Notes on vaccination in the North-West Frontier Province 1923-1928 - 1923-1928
Year: 1923
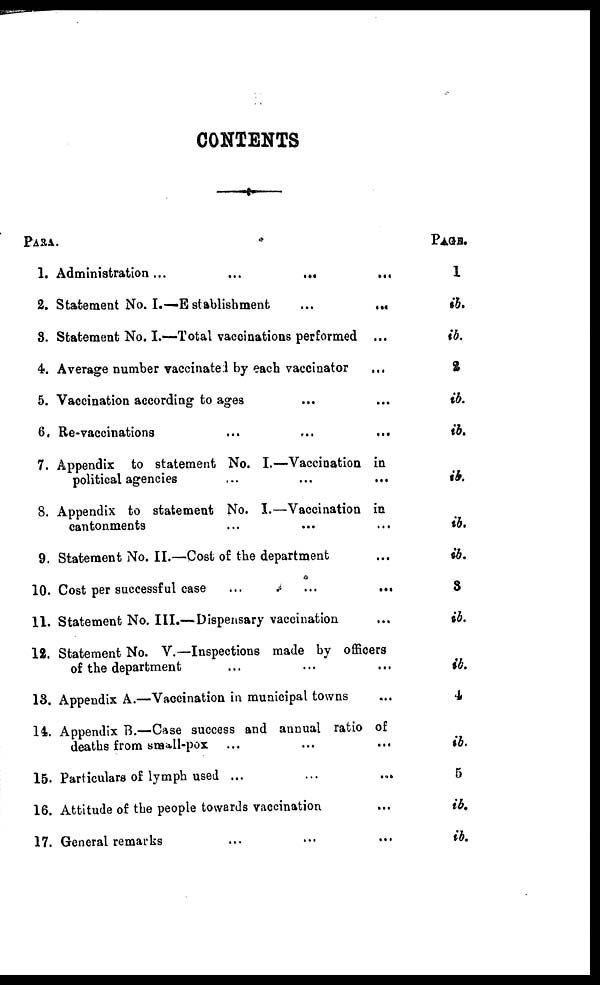
CONTENTS
PARA.
1.
2.
3.
4.
5.
6.
7.
8.
9.
10.
11.
12.
13.
14.
15.
16.
17.
Administration
...
...
...
...
Statement No. I.—Establishment
...
...
...
Statement No. I.—Total vaccinations performed ...
Average number vaccinated by each vaccinator ...
Vaccination according to ages ... ...
Re-vaccinations
...
...
...
...
...
Appendix to statement No. I.—Vaccination in
political agencies ... ... ... ... ...
Appendix to statement No. I.—Vaccination in
cantonments ... ... ... ...
Statement No. II.—Cost of the department ...
Cost per successful case
...
...
...
Statement No. III.—Dispensary vaccination ...
Statement No. V.—Inspections made by officers
of the department ... ... ... ...
Appendix A.—Vaccination in municipal towns ...
Appendix B.—Case success and annual ratio of
deaths from small-pox ... ... ...
Particulars of lymph used ...
...
...
Attitude of the people towards vaccination ...
General remarks ... ... ... ...
PAGE.
1
ib.
ib.
2
ib.
ib.
ib.
ib.
ib.
3
ib.
ib.
4
ib.
5
ib.
ib.